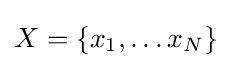
X=\left\{x_{1},\ldots x_{N}\right\}